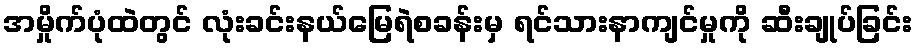
အမှိုက်ပုံထဲတွင် လုံးခင်းနယ်မြေရဲစခန်းမှ ရင်သားနာကျင်မှုကို ဆီးချုပ်ခြင်း